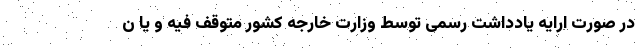
در صورت ارایه یادداشت رسمی توسط وزارت خارجه کشور متوقف فیه و یا ن